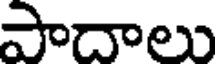
పాదాలు